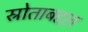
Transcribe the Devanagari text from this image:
स्रोताबद्दल